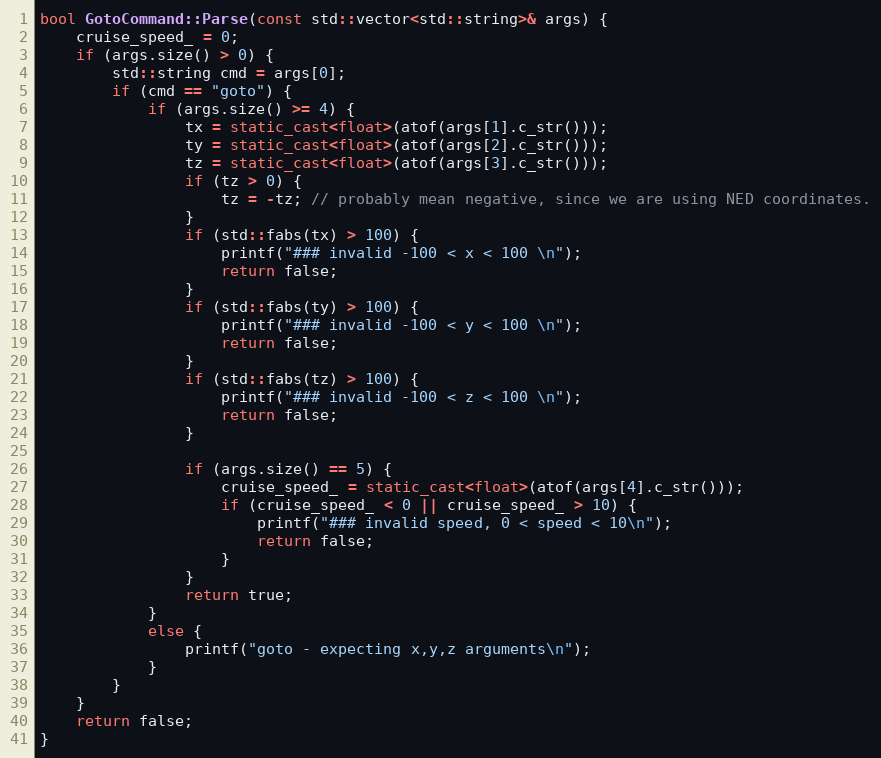
Language: C++
bool GotoCommand::Parse(const std::vector<std::string>& args) {
    cruise_speed_ = 0;
    if (args.size() > 0) {
        std::string cmd = args[0];
        if (cmd == "goto") {
            if (args.size() >= 4) {
                tx = static_cast<float>(atof(args[1].c_str()));
                ty = static_cast<float>(atof(args[2].c_str()));
                tz = static_cast<float>(atof(args[3].c_str()));
                if (tz > 0) {
                    tz = -tz; // probably mean negative, since we are using NED coordinates.
                }
                if (std::fabs(tx) > 100) {
                    printf("### invalid -100 < x < 100 \n");
                    return false;
                }
                if (std::fabs(ty) > 100) {
                    printf("### invalid -100 < y < 100 \n");
                    return false;
                }
                if (std::fabs(tz) > 100) {
                    printf("### invalid -100 < z < 100 \n");
                    return false;
                }

                if (args.size() == 5) {
                    cruise_speed_ = static_cast<float>(atof(args[4].c_str()));
                    if (cruise_speed_ < 0 || cruise_speed_ > 10) {
                        printf("### invalid speed, 0 < speed < 10\n");
                        return false;
                    }
                }
                return true;
            }
            else {
                printf("goto - expecting x,y,z arguments\n");
            }
        }
    }
    return false;
}